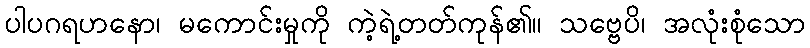
ပါပဂရဟနော၊ မကောင်းမှုကို ကဲ့ရဲ့တတ်ကုန်၏။ သဗ္ဗေပိ၊ အလုံးစုံသော